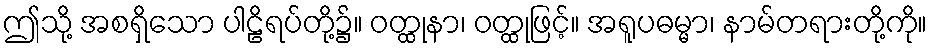
ဤသို့ အစရှိသော ပါဠိရပ်တို့၌။ ဝတ္ထုနာ၊ ဝတ္ထုဖြင့်။ အရူပဓမ္မာ၊ နာမ်တရားတို့ကို။